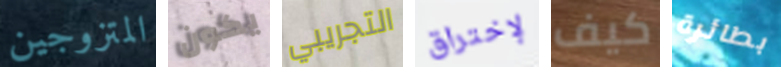
المتزوجين يكون التجريبي لإختراق كيف بطائرة